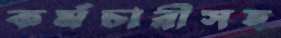
কর্মচারীসহ